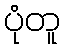
ပုံတူ